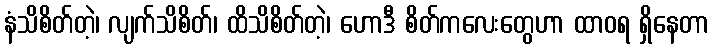
နံသိစိတ်တဲ့၊ လျက်သိစိတ်၊ ထိသိစိတ်တဲ့၊ ဟောဒီ စိတ်ကလေးတွေဟာ ထာဝရ ရှိနေတာ